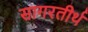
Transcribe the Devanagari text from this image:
सागरतीर्थ